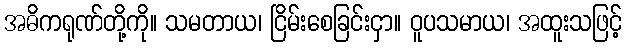
အဓိကရုဏ်တို့ကို။ သမတာယ၊ ငြိမ်းစေခြင်းငှာ။ ဝူပသမာယ၊ အထူးသဖြင့်